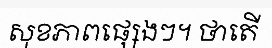
សុខភាពផ្សេងៗ។ ថាតើ